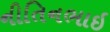
નીતિનભાઇ